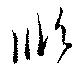
順